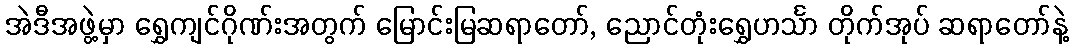
အဲဒီအဖွဲ့မှာ ရွှေကျင်ဂိုဏ်းအတွက် မြောင်းမြဆရာတော်, ညောင်တုံးရွှေဟင်္သာ တိုက်အုပ် ဆရာတော်နဲ့